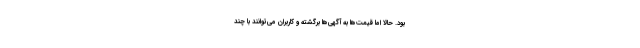
بود. حالا اما قیمت‌ها به آگهی‌ها برگشته و کاربران می‌توانند با چند